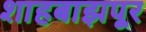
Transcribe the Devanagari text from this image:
शाहबाझपूर